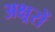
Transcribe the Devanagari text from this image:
अक्ष्ररों